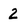
Character: 2